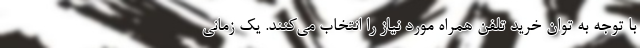
با توجه به توان خرید تلفن همراه مورد نیاز را انتخاب می‌کنند. یک زمانی